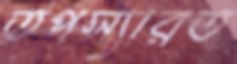
তপস্যারত